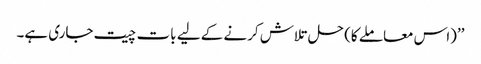
’’(اس معاملے کا) حل تلاش کرنے کے لیے بات چیت جاری ہے۔